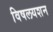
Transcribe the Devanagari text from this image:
विषलयशन